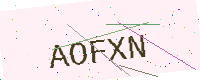
Text: AOFXN